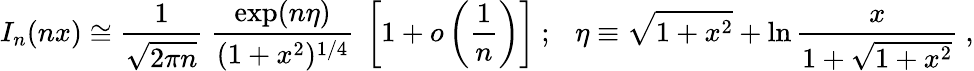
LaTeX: I_{n}(nx)\cong\frac{1}{\sqrt{2\pi n}}~\frac{\exp(n\eta)}{(1+x^{2})^{1/4}}~\left[1+o\left(\frac{1}{n}\right)\right]~;~~~\eta\equiv\sqrt{1+x^{2}}+\ln\frac{x}{1+\sqrt{1+x^{2}}}~,